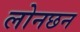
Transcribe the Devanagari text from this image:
लोनछन